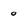
Character: o